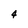
Character: 4